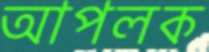
আপলক